Treatise on elephants
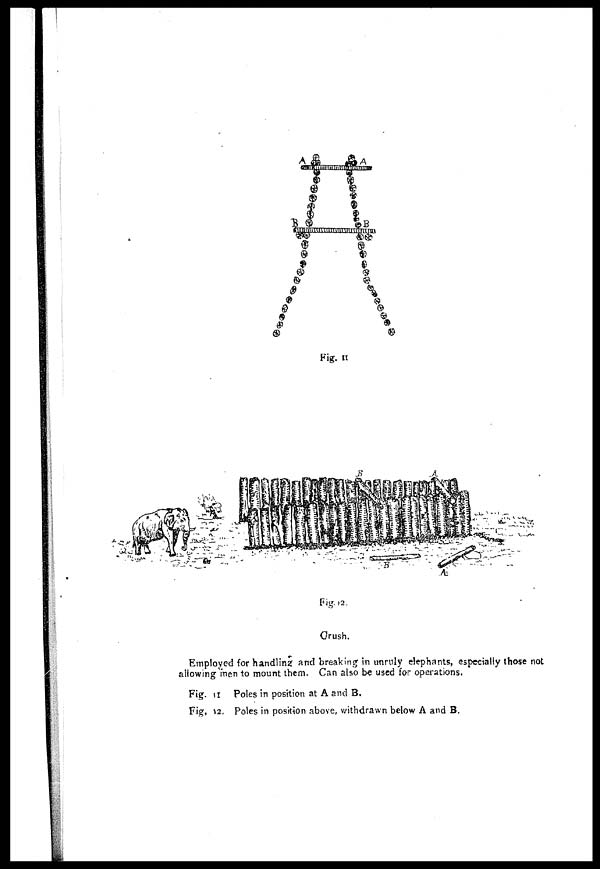
Fig. 11.
Fig. 12.
(Crush.
Employed for handling and breaking in unruly elephants, especially those not
allowing men to mount them. Can also be used for operations.
Fig. 11
Fig. 12
Poles in position at A and B.
Poles in position above, withdrawn below A and B.